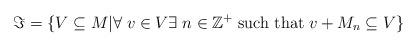
LaTeX: \begin{align*}\Im =\{V\subseteq M\vert \forall\; v\in V\exists\; n\in \mathbb{Z}^+\; \mbox{such that}\; v+M_n\subseteq V\}\end{align*}